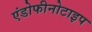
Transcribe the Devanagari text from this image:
एंडोफीनोटाइप